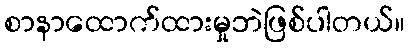
စာနာထောက်ထားမှုဘဲဖြစ်ပါတယ်။